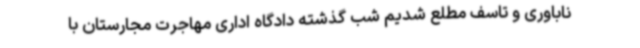
ناباوری و تاسف مطلع شدیم شب گذشته دادگاه اداری مهاجرت مجارستان با